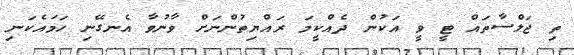
ތި ޖަލްސާތައް ޓީ ވީ އަކުން ދެއްކީމަ ރައްޔިތުންނަށް ވާނުވާ އެނގޭނި ހަމައެކަނި